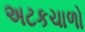
અટકચાળો